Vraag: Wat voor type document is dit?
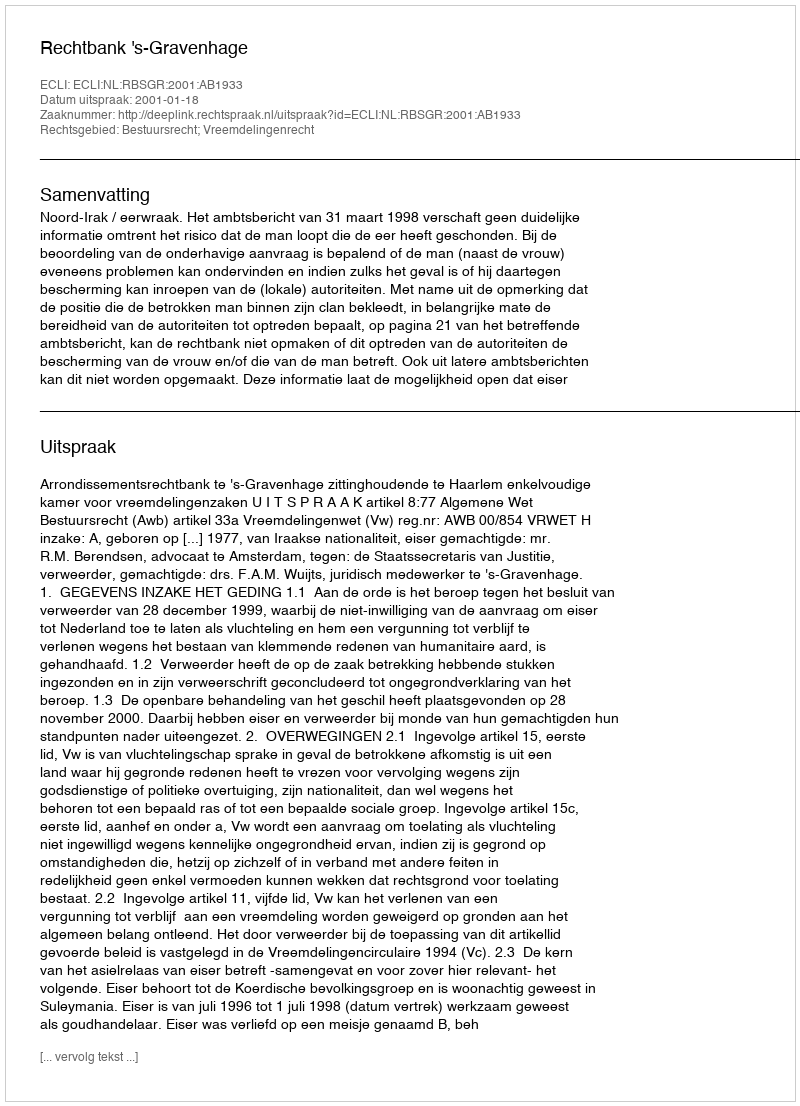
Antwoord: Uitspraak